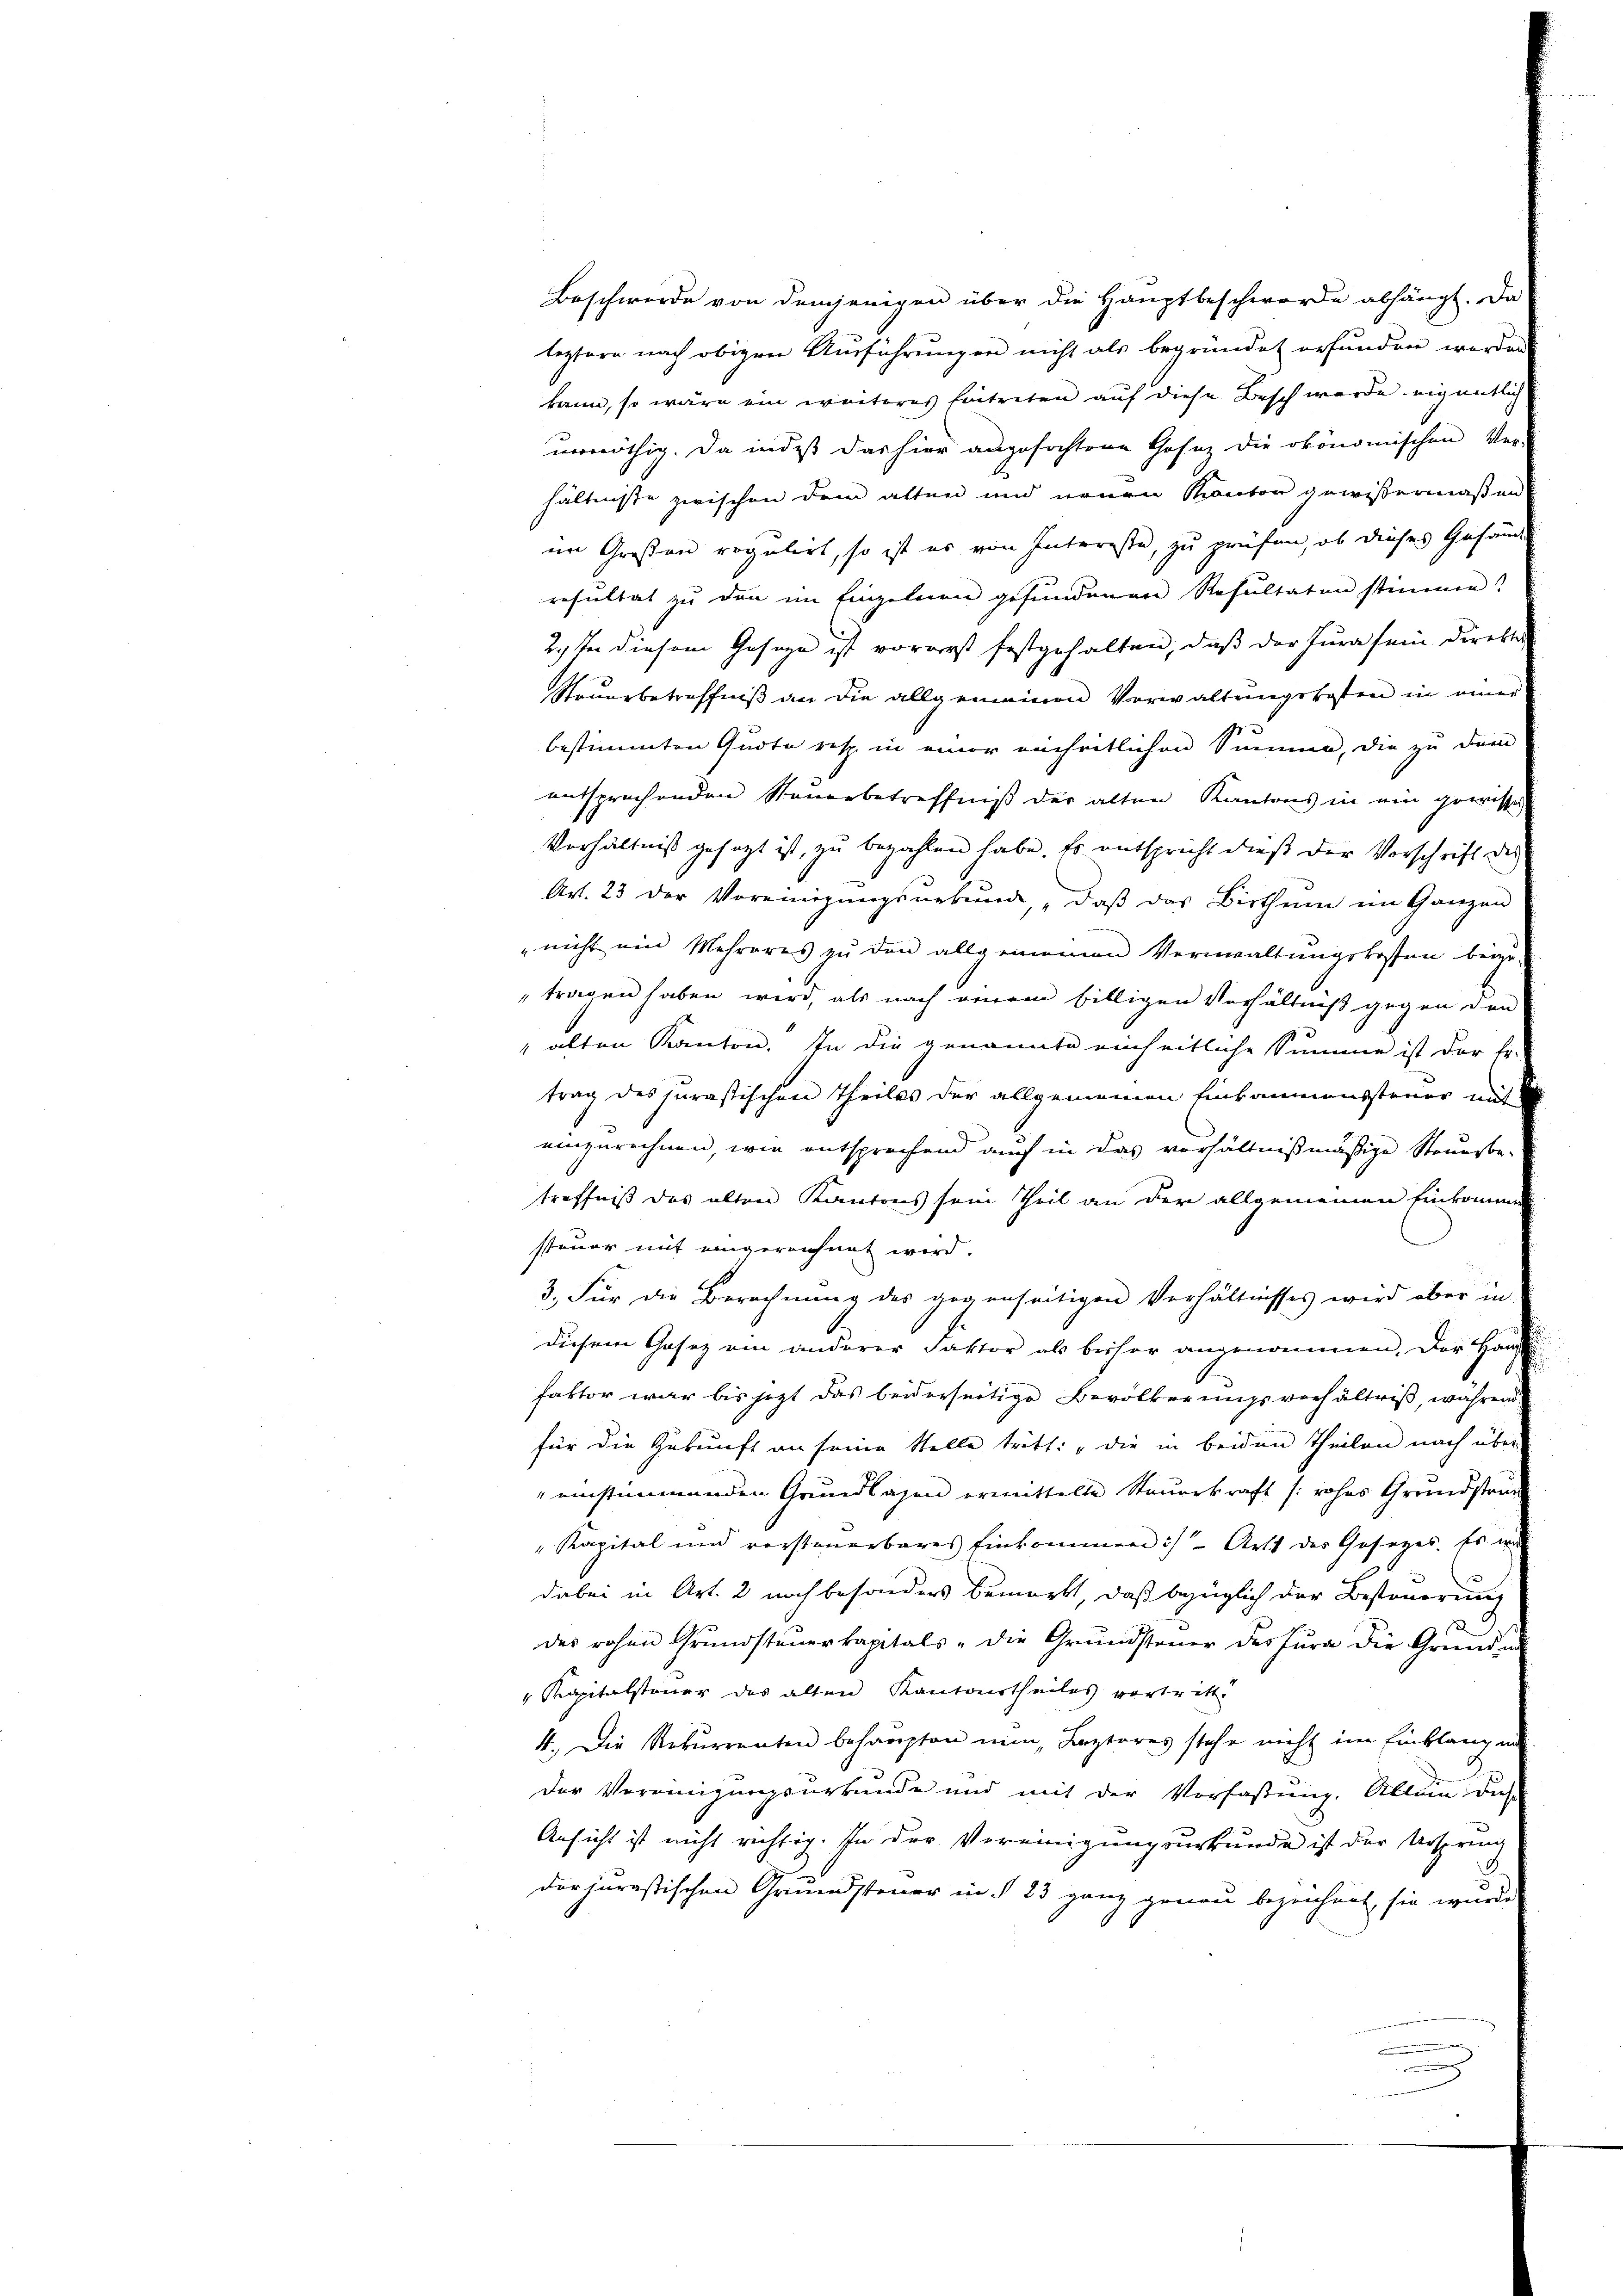
Beschwerde von demjenigen über die Hauptbeschworde abhängt. Da
leztern nach obigen Ausführungen nicht als begründet erfunden worden
kann, so wäre ein weiteres Eintreten auf diese Besch wurde eigentlich
unnöthig. Da indis das hier angefochtene Gasaz die ökonomischen Ver-
hältniße zwischen dem alten und neuen Kanton gewissermaßen
im Großen regulirt, so ist es von Intereste, zu prüfen, ob dieses Gefände
resultat zu den im Einzelnen gefundenen Resultaten stimme
29ten diesem Gesage ist vorerst festgehalten, daß der Jura sein Direktor
Neuerbetreffniß an die allgemeinen Vorwaltungskosten in einer
1
bestimmten Quote resp. in einer aucheitlichen Summen, die zu dem
entsprechenden Nauerbetreffniß der alten Kantons in ein gewisse
Verhältniß gesagt ist, zu bezahlen habe. Es entspricht dieß der Vorschrift des
Art. 23 der Vereinigungsnebung, „daß das Bisthum im Ganzen
"nicht ein Mehreres zu den allgemeinen Verwaltungskosten beizu-
tragen haben wird, als nach einem billigen Verhältniß gegen den
" alten Kanton. In die genannte einheitliche Summe ist der Fr.
trag des jurastischen Theiles der allgemeinen Einkommenssteuer mit
einzurechnen, wie entsprechend auch in das verhältnißmäßige Steuerbe-
treffniß das alten Kantons sein Theil an der allgemeinen Einkomme
steuer mit eingereichnet wird.
3. Für die Berechnung des gegenseitigen Verhältnisses wird aber in
diesem Gasez am anderer Faktor als besser angenommen. Der Haupt
faktor war bis jetzt das beiderseitige Bevölkerungsverhältniß, während
für die Zukunft an seine Stelle tritt: „die in beiden Theilen nach über
einstimmenden Grundlagen ermittelte Steuerkraft /: rohes Grundstra
"Kapital und vorsteuerbares Einkommen :/ Artt des Gesetzes. Es wir
dabei in Art. 2 noch besonders bemerkt, daß bezüglich der Besteuerung
d
des rohen Grŭndsteŭerkapitals „die Grŭndsteuer des Fŭra die Gründun
Kapitalsteuer des alten Kantonstheiles vortritt.
4. Die Rekurrenten behaupten nun, Lezteres stehe nicht im Einklang in
Der Vereinigungsurkunde und mit der Verfaßung. Allein diese
Ansicht ist nicht richtig. In der Vereinigungsurkunde ist der Ursprung
der jurastischen Grundsteuer in § 23 ganz genau bezeichnet, sie wurde